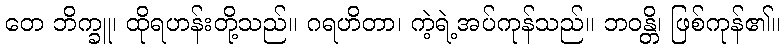
တေ ဘိက္ခူ၊ ထိုရဟန်းတို့သည်။ ဂရဟိတာ၊ ကဲ့ရဲ့အပ်ကုန်သည်။ ဘဝန္တိ၊ ဖြစ်ကုန်၏။